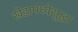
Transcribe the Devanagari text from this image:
खेडामध्येसुद्धा